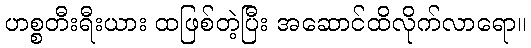
ဟစ္စတီးရီးယား ထဖြစ်တဲ့ပြီး အဆောင်ထိလိုက်လာရော။